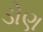
ડોણ